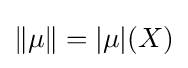
\|\mu \|=|\mu |(X)